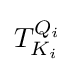
T_{K_{i}}^{Q_{i}}